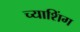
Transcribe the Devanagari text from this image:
च्याशिंग